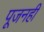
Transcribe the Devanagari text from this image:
पूजनही